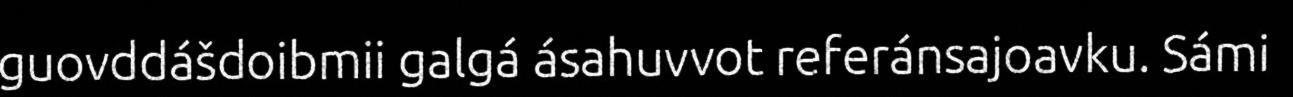
guovddášdoibmii galgá ásahuvvot referánsajoavku. Sámi